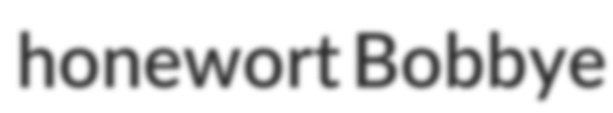
honewort Bobbye